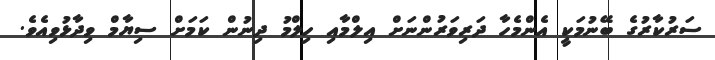
ސަރުކާރުގެ ބޭނުމަކީ އެންމެހާ ދަރިވަރުންނަށް އިލްމާއި ހިލްމު ދިނުން ކަމަށް ސިޔާމް ވިދާޅުވިއެވެ.